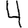
Digit: 4